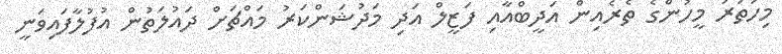
މިހަތަރު މީހުންގެ ތެރެއިން އަދީބްއާއި ފަޒީލް އަދި މަދުޝަންކަރު މައްޗަށް ދައުލަތުން އުފުލާފައިވަނީ